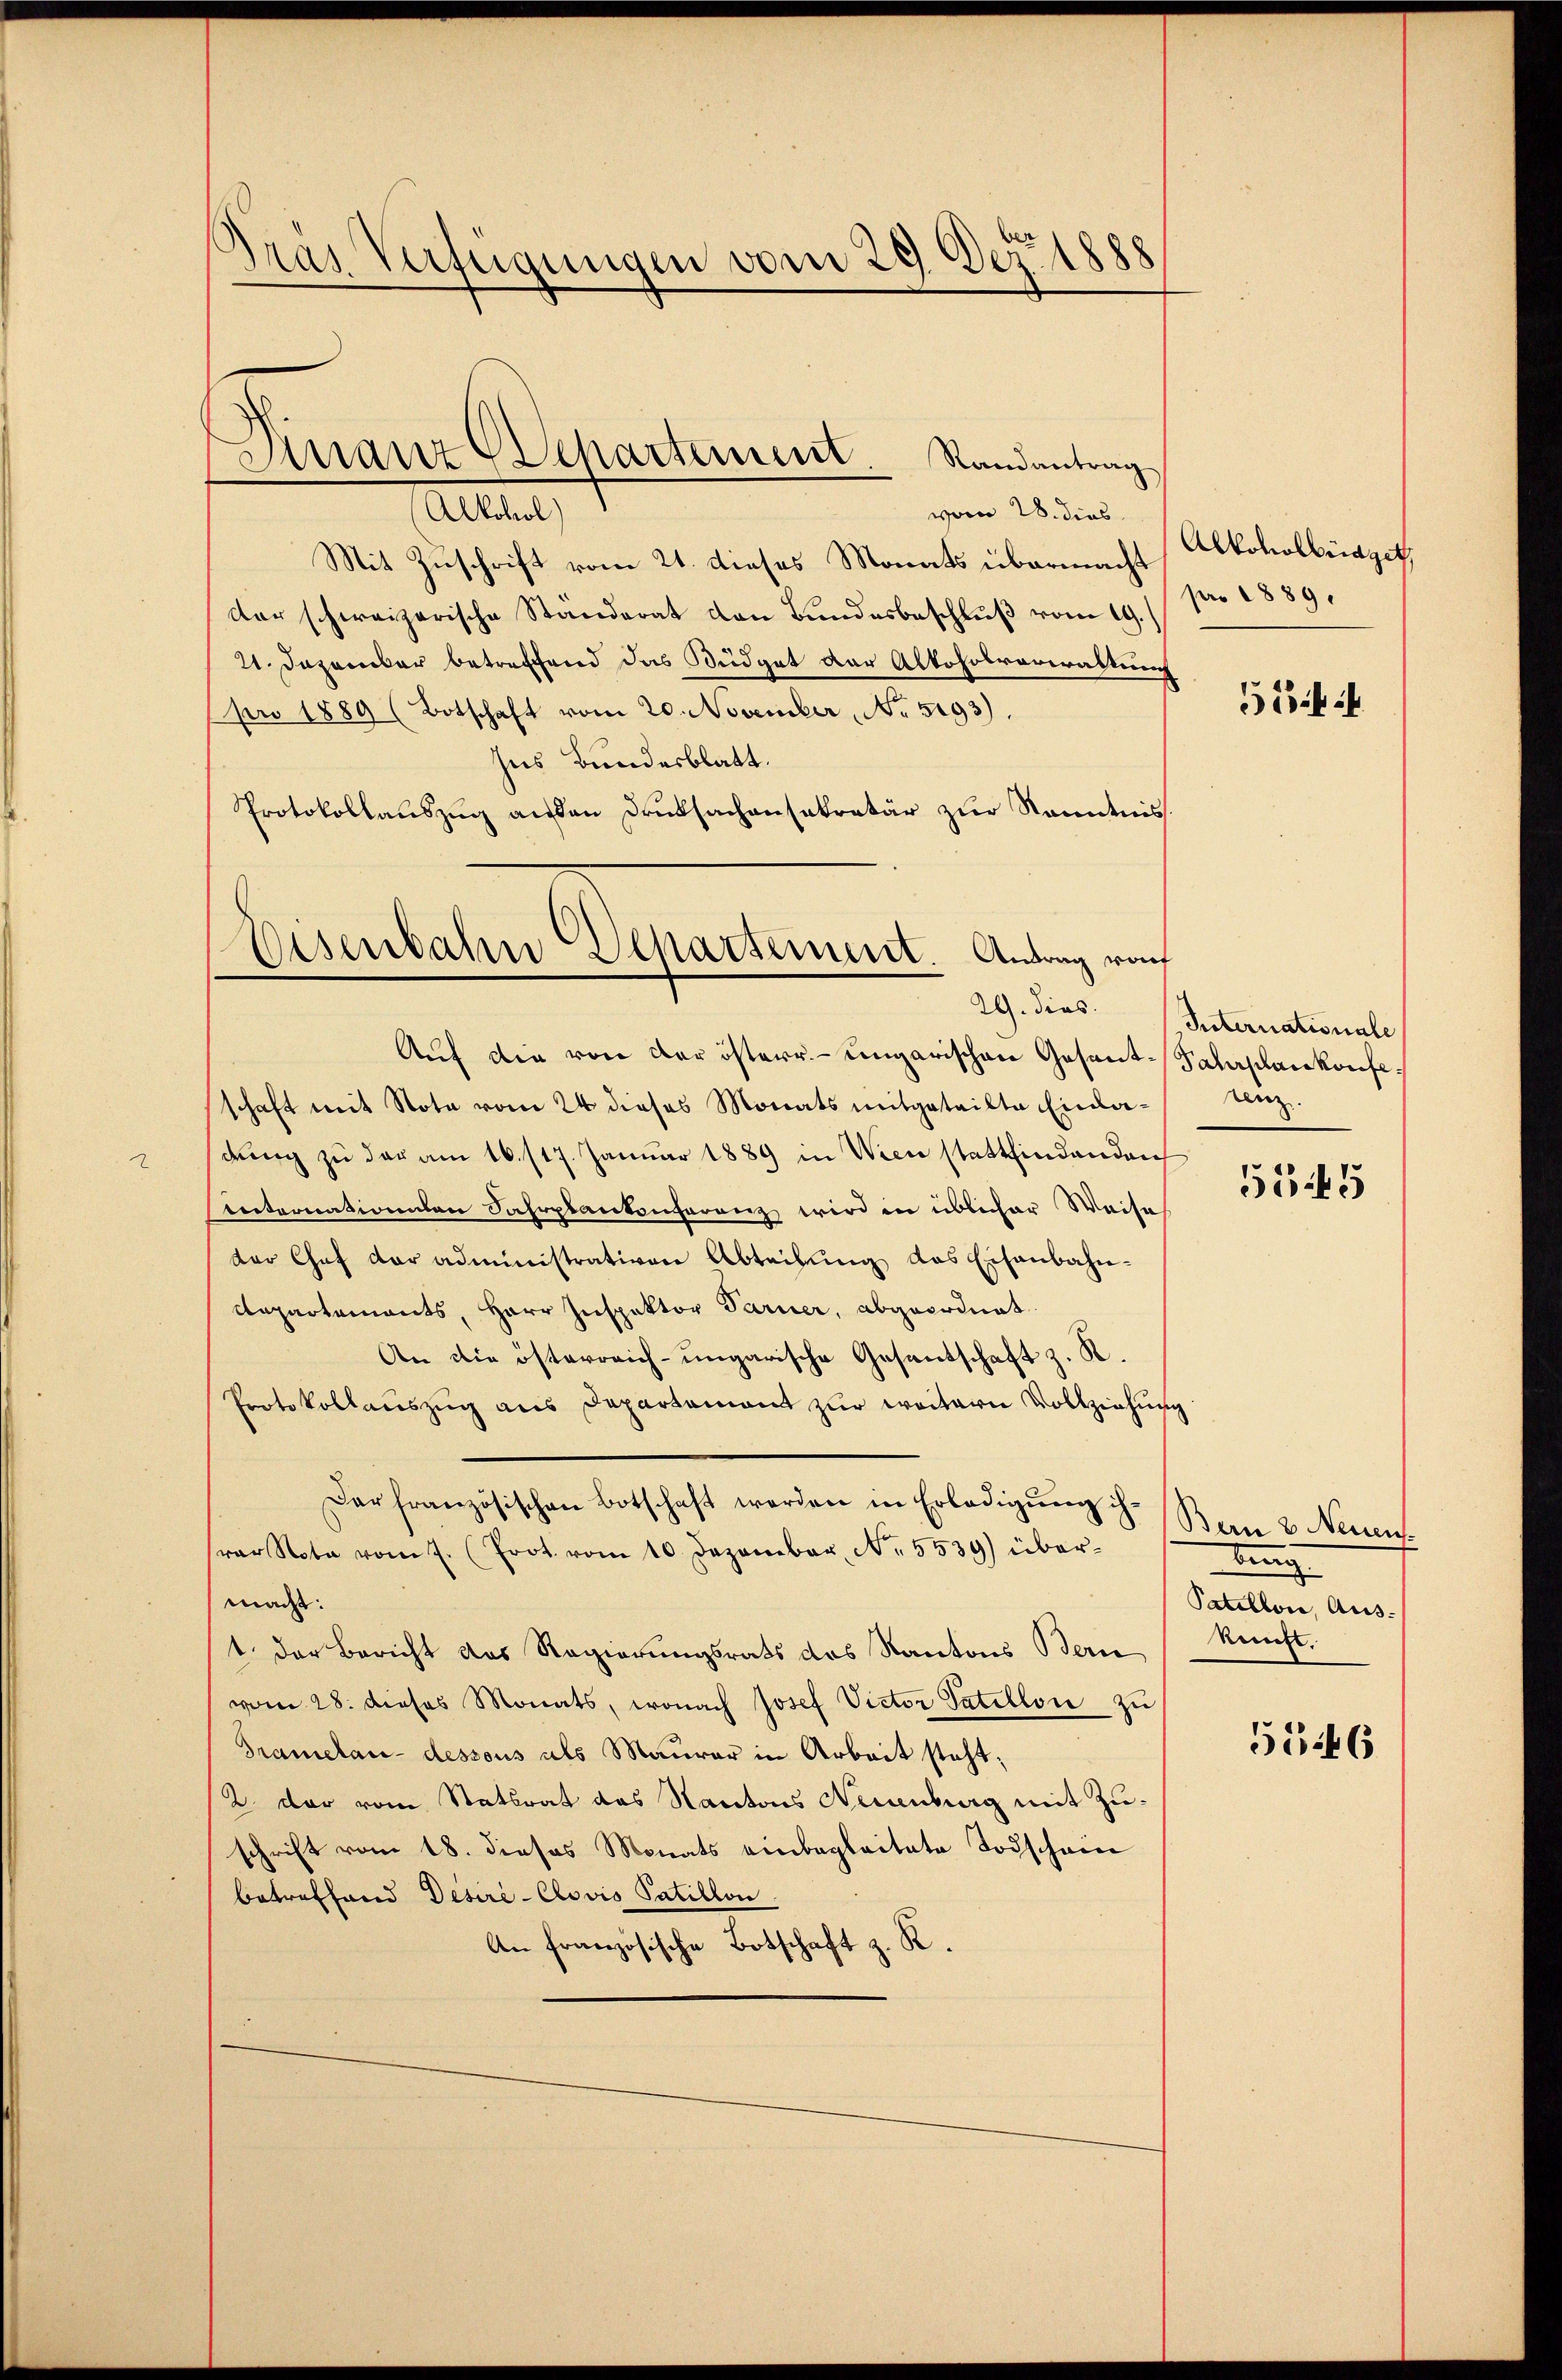
pras Verfügungen vom 29. Dez. 1888

Dinanz Departement Randantrag

Alkohol)
vom 28. dies
Mit Zuschrift vom 21. dieses Monats übermacht
der schweizerische Standerat den Bundesbeschluß vom 19.
21. Dezember betreffend das Büdget der Alkoholverwaltung
pro 1889 (Botschaft vom 20. November, No. 5193).
Ins Bundesblatt.
Protokollauszug ausen Druksachensekretär zur Kenntnis

Auf die von der österr. ungarischen Gesant-Salaplankonfeschaft mit Nota vom 24 dieses Monats mitgeteilte Einladung zu der am 16. 117. Januar 1889 in Wien stattfindenden
enternationen Fahrplankonferenz wird in üblicher Weise
der Chef der administrativen Abteilung das Eisenbahn¬
Repartements, Herr Inspektor Paruer, abgeordnet
An die österreich-ungarische Gesantschaft z. R.
Protokollauszug aus Departement zur weitern Vollziehung
Dar französischen Botschaft werden in Erledigŭng ih-
ar Nota vom 1. (Prot. vom 10. Dezember N. 5539) über-
macht:
t der Bericht das Regierungsrats des Kantons Bern
vom 28. dieses Monats, wonach Josef Victor Satellon zu
Pramelan- dessous als Maurer in Arbeit steht;
2 dar vom Statsrat des Kantons Neuenburg mit Zuschrift vom 18. dieses Monats einbegleitete Todschein
betreffend Desiré-Clavis Patillon
An französische Botschaft z. R.

Eisenbahn Departement. Antrag von
G. dies

Alkoholbringet
pro 1889.

55.

Internationale
renz

5545

Bern 2 Neuen
bing
Patellone, Auskunft.

55446